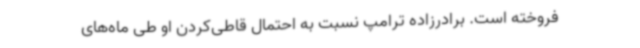
فروخته است. برادرزاده ترامپ نسبت به احتمال قاطی‌کردن او طی ماه‌های